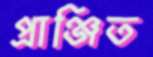
প্রাঞ্জিত